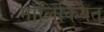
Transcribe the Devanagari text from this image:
मालिकियत